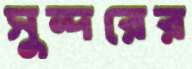
সুন্দরের